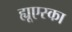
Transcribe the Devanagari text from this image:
ह्यूएस्का